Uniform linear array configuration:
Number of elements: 12
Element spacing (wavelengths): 0.5
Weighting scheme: blackman
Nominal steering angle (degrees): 30
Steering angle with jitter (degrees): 28.729
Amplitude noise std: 0.05
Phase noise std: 0.05

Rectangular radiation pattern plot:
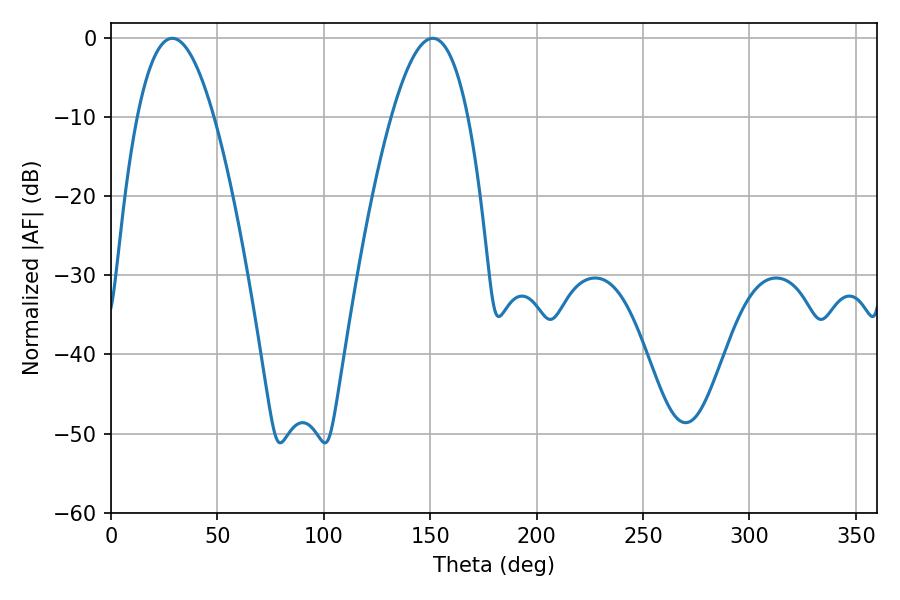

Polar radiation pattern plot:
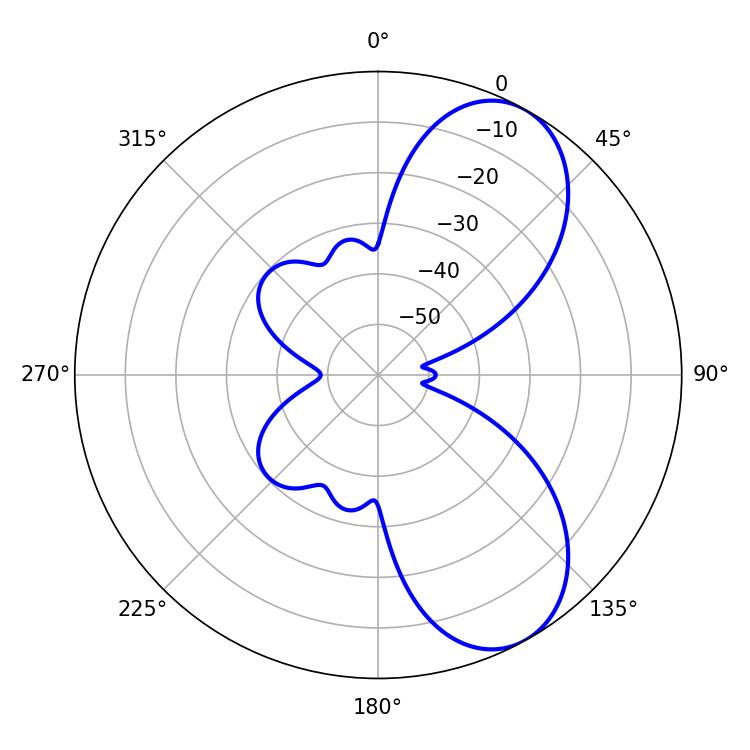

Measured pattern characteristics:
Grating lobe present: FALSE
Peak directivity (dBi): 7.42
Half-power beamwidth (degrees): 19.62
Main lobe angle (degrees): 28.8